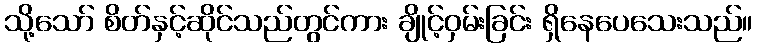
သို့သော် စိတ်နှင့်ဆိုင်သည်တွင်ကား ချိုင့်ဝှမ်းခြင်း ရှိနေပေသေးသည်။